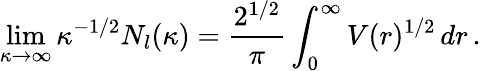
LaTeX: \operatorname*{lim}_{\kappa\to\infty}\kappa^{-1/2}N_{l}(\kappa)=\frac{2^{1/2}}{\pi}\int_{0}^{\infty}V(r)^{1/2}\, dr\, .